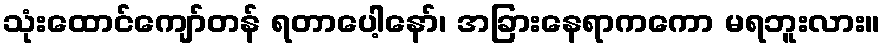
သုံးထောင်ကျော်တန် ရတာပေါ့နော်၊ အခြားနေရာကကော မရဘူးလား။